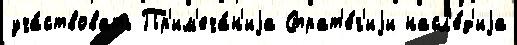
уча́ствовать Пр'им'еча́н'иjа Страт'е́г'иjи насл'е́д'иjа